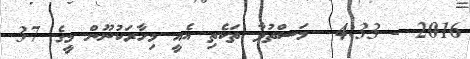
2016 - 4:33  މަސްތުވާ ތަކެތި އެއީ މިހާރަކުނޫން މީގެ 37